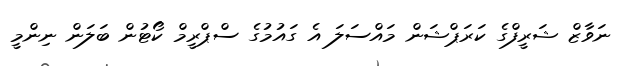
ނަވާޒް ޝަރީފްގެ ކަރަޕްޝަން މައްސަލަ އެ ގައުމުގެ ސްޕްރީމް ކޯޓުން ބަލަން ނިންމީ